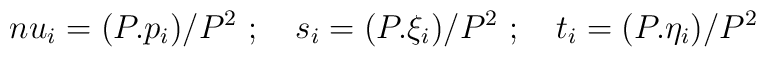
\\nu_i = (P.p_i)/P^2\  ;\quad s_i = (P.\xi_i)/P^2 \ ;\quad t_i = (P.\eta_i)/P^2